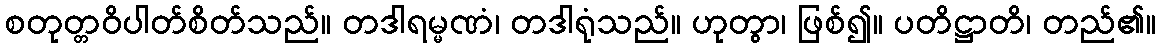
စတုတ္တဝိပါတ်စိတ်သည်။ တဒါရမ္မဏံ၊ တဒါရုံသည်။ ဟုတွာ၊ ဖြစ်၍။ ပတိဋ္ဌာတိ၊ တည်၏။